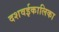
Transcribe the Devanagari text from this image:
दशवईकालिका